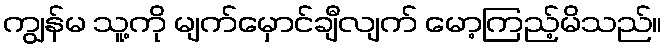
ကျွန်မ သူ့ကို မျက်မှောင်ချီလျက် မော့ကြည့်မိသည်။